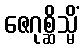
ဇေဂုစ္ဆိသ္မိံ